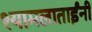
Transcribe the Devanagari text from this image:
श्यामलाताईंनी